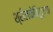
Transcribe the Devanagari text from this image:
श्रीलंकेविरूद्धचा